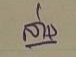
ล่าง